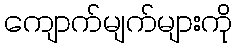
ကျောက်မျက်များကို